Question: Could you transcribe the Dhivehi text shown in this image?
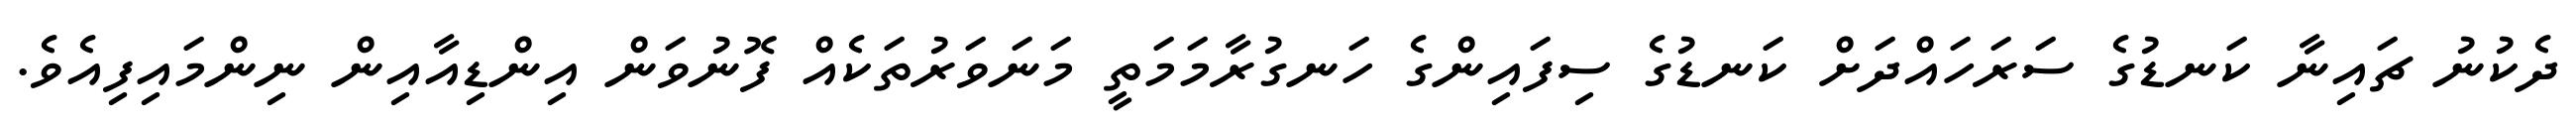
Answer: ދެކުނު ޗައިނާ ކަނޑުގެ ސަރަހައްދަށް ކަނޑުގެ ސިފައިންގެ ހަނގުރާމަމަތީ މަނަވަރުތަކެއް ފޮނުވަން އިންޑިއާއިން ނިންމައިފިއެވެ.